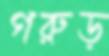
গরুড়